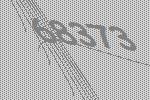
68373